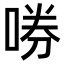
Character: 𫪤